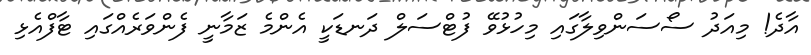
އާދެ! މިއަދު ސޯސަންވިލާގައި މިހުޅުވޭ ފުޓްސަލް ދަނޑަކީ އެންމެ ޒަމާނީ ފެންވަރެއްގައި ޓާފްއެޅި